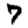
Digit: 7